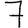
Digit: 7